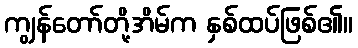
ကျွန်တော်တို့အိမ်က နှစ်ထပ်ဖြစ်၏။